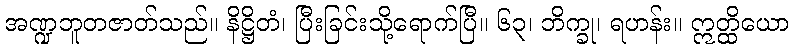
အဏ္ဍဘူတဇာတ်သည်။ နိဋ္ဌိတံ၊ ပြီးခြင်းသို့ရောက်ပြီ။ ၆၃၊ ဘိက္ခု၊ ရဟန်း။ ဣတ္ထိယော